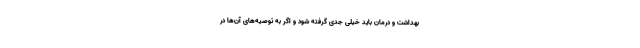
بهداشت و درمان باید خیلی جدی گرفته شود و اگر به توصیه‌های آن‌ها در